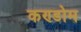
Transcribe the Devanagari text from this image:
कण्डोम